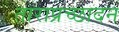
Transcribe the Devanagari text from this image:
ताराप्रच्छादन